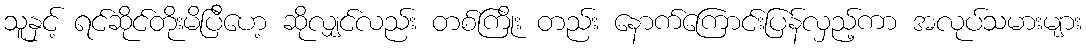
သူနှင့် ရင်ဆိုင်တိုးမိပြီဟေ့ ဆိုလျှင်လည်း တစ်ကြိုး တည်း နောက်ကြောင်းပြန်လှည့်ကာ အလုပ်သမားများ